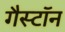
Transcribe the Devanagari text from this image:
गैस्टॉन